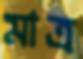
মাত্র